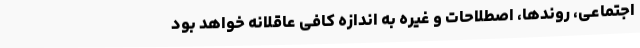
اجتماعی، روندها، اصطلاحات و غیره به اندازه کافی عاقلانه خواهد بود